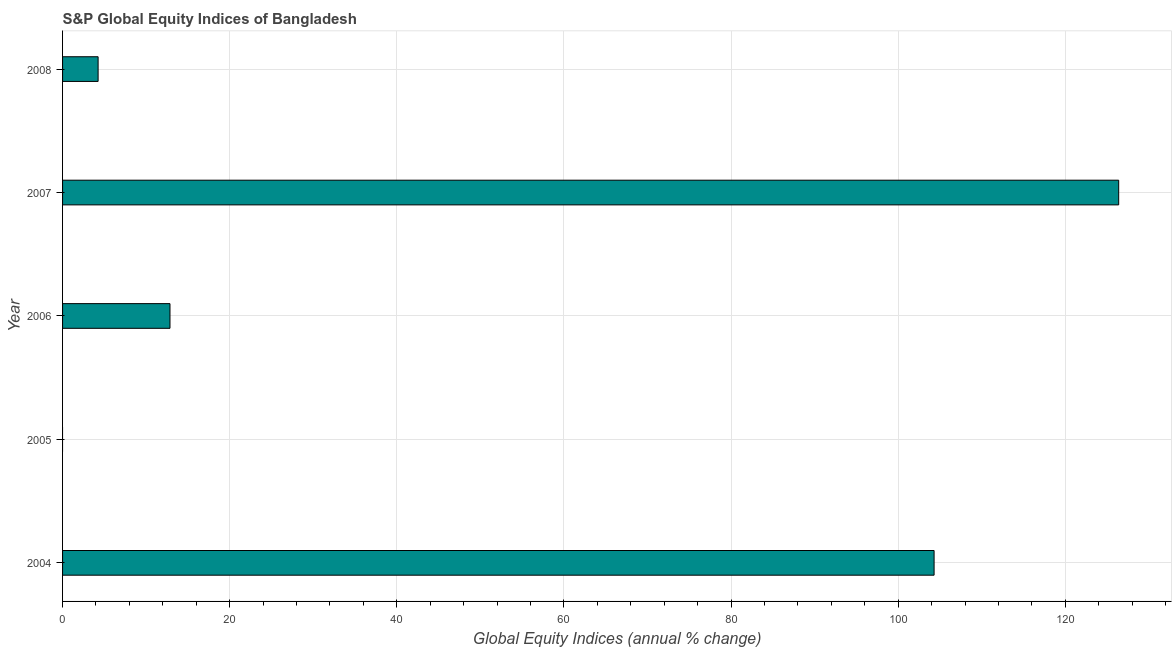
| Year | S&P Global Equity Indices |
 | --- | --- |
 | 2004 | 104 |
 | 2005 | -27.7 |
 | 2006 | 12.9 |
 | 2007 | 126 |
 | 2008 | 4.25 |